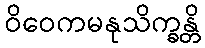
ဝိဝေကမနုသိက္ခန္တိ